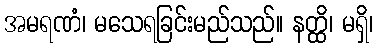
အမရဏံ၊ မသေရခြင်းမည်သည်။ နတ္ထိ၊ မရှိ၊